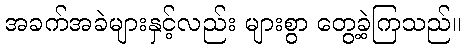
အခက်အခဲများနှင့်လည်း များစွာ တွေ့ခဲ့ကြသည်။